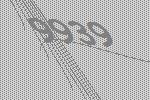
9939